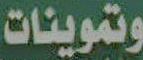
وتموينات